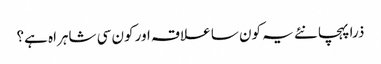
ذرا پہچانئے یہ کون سا علاقہ اور کون سی شاہراہ ہے؟